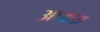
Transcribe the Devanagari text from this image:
आश्चय्र